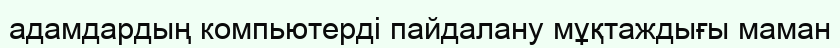
адамдардың компьютерді пайдалану мұқтаждығы маман